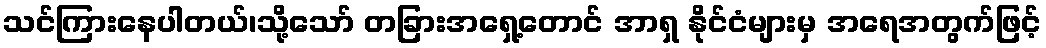
သင်ကြားနေပါတယ်၊သို့သော် တခြားအရှေ့တောင် အာရှ နိုင်ငံများမှ အရေအတွက်ဖြင့်